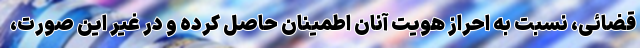
قضائی، نسبت به احراز هویت آنان اطمینان حاصل کرده و در غیر این صورت،